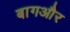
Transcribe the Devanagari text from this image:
बागऔर